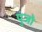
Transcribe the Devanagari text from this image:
पुंजो